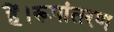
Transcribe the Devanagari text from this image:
हैं।रूपांतरण